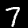
Label: 7